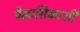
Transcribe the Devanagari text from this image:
त्रैमासिकाशी